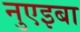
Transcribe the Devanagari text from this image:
नुएइबा